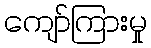
ကျော်ကြားမှု